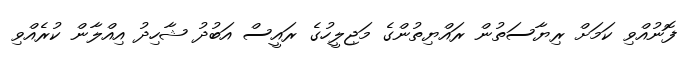
ފޮނުއްވި ކަމަށް ރިޔާސަތުން ރައްޔިތުންގެ މަޖިލީހުގެ ރައީސް އަބުދު ޝާހިދު އިއްލާން ކުރެއްވި